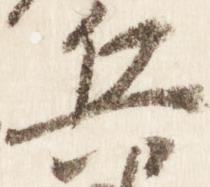
兵